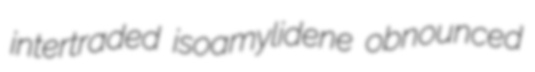
intertraded isoamylidene obnounced